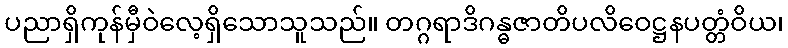
ပညာရှိကုန်မှီဝဲလေ့ရှိသောသူသည်။ တဂ္ဂရာဒိဂန္ဓဇာတိပလိဝေဋ္ဌနပတ္တံဝိယ၊